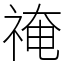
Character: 䄋